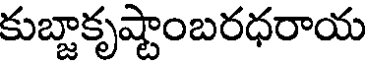
కుబ్జాకృష్టాంబరధరాయ